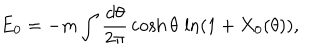
E _ { 0 } = - m \int { \frac { d \theta } { 2 \pi } } \cosh \theta \, \ln ( 1 + X _ { 0 } ( \theta ) ) ,